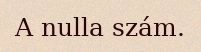
A nulla szám.